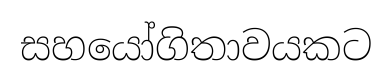
සහයෝගිතාවයකට